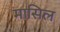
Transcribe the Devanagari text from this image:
मासिल